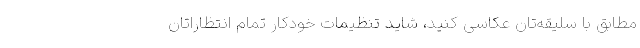
مطابق با سلیقه‌تان عکاسی کنید، شاید تنظیمات خودکار تمام انتظاراتان